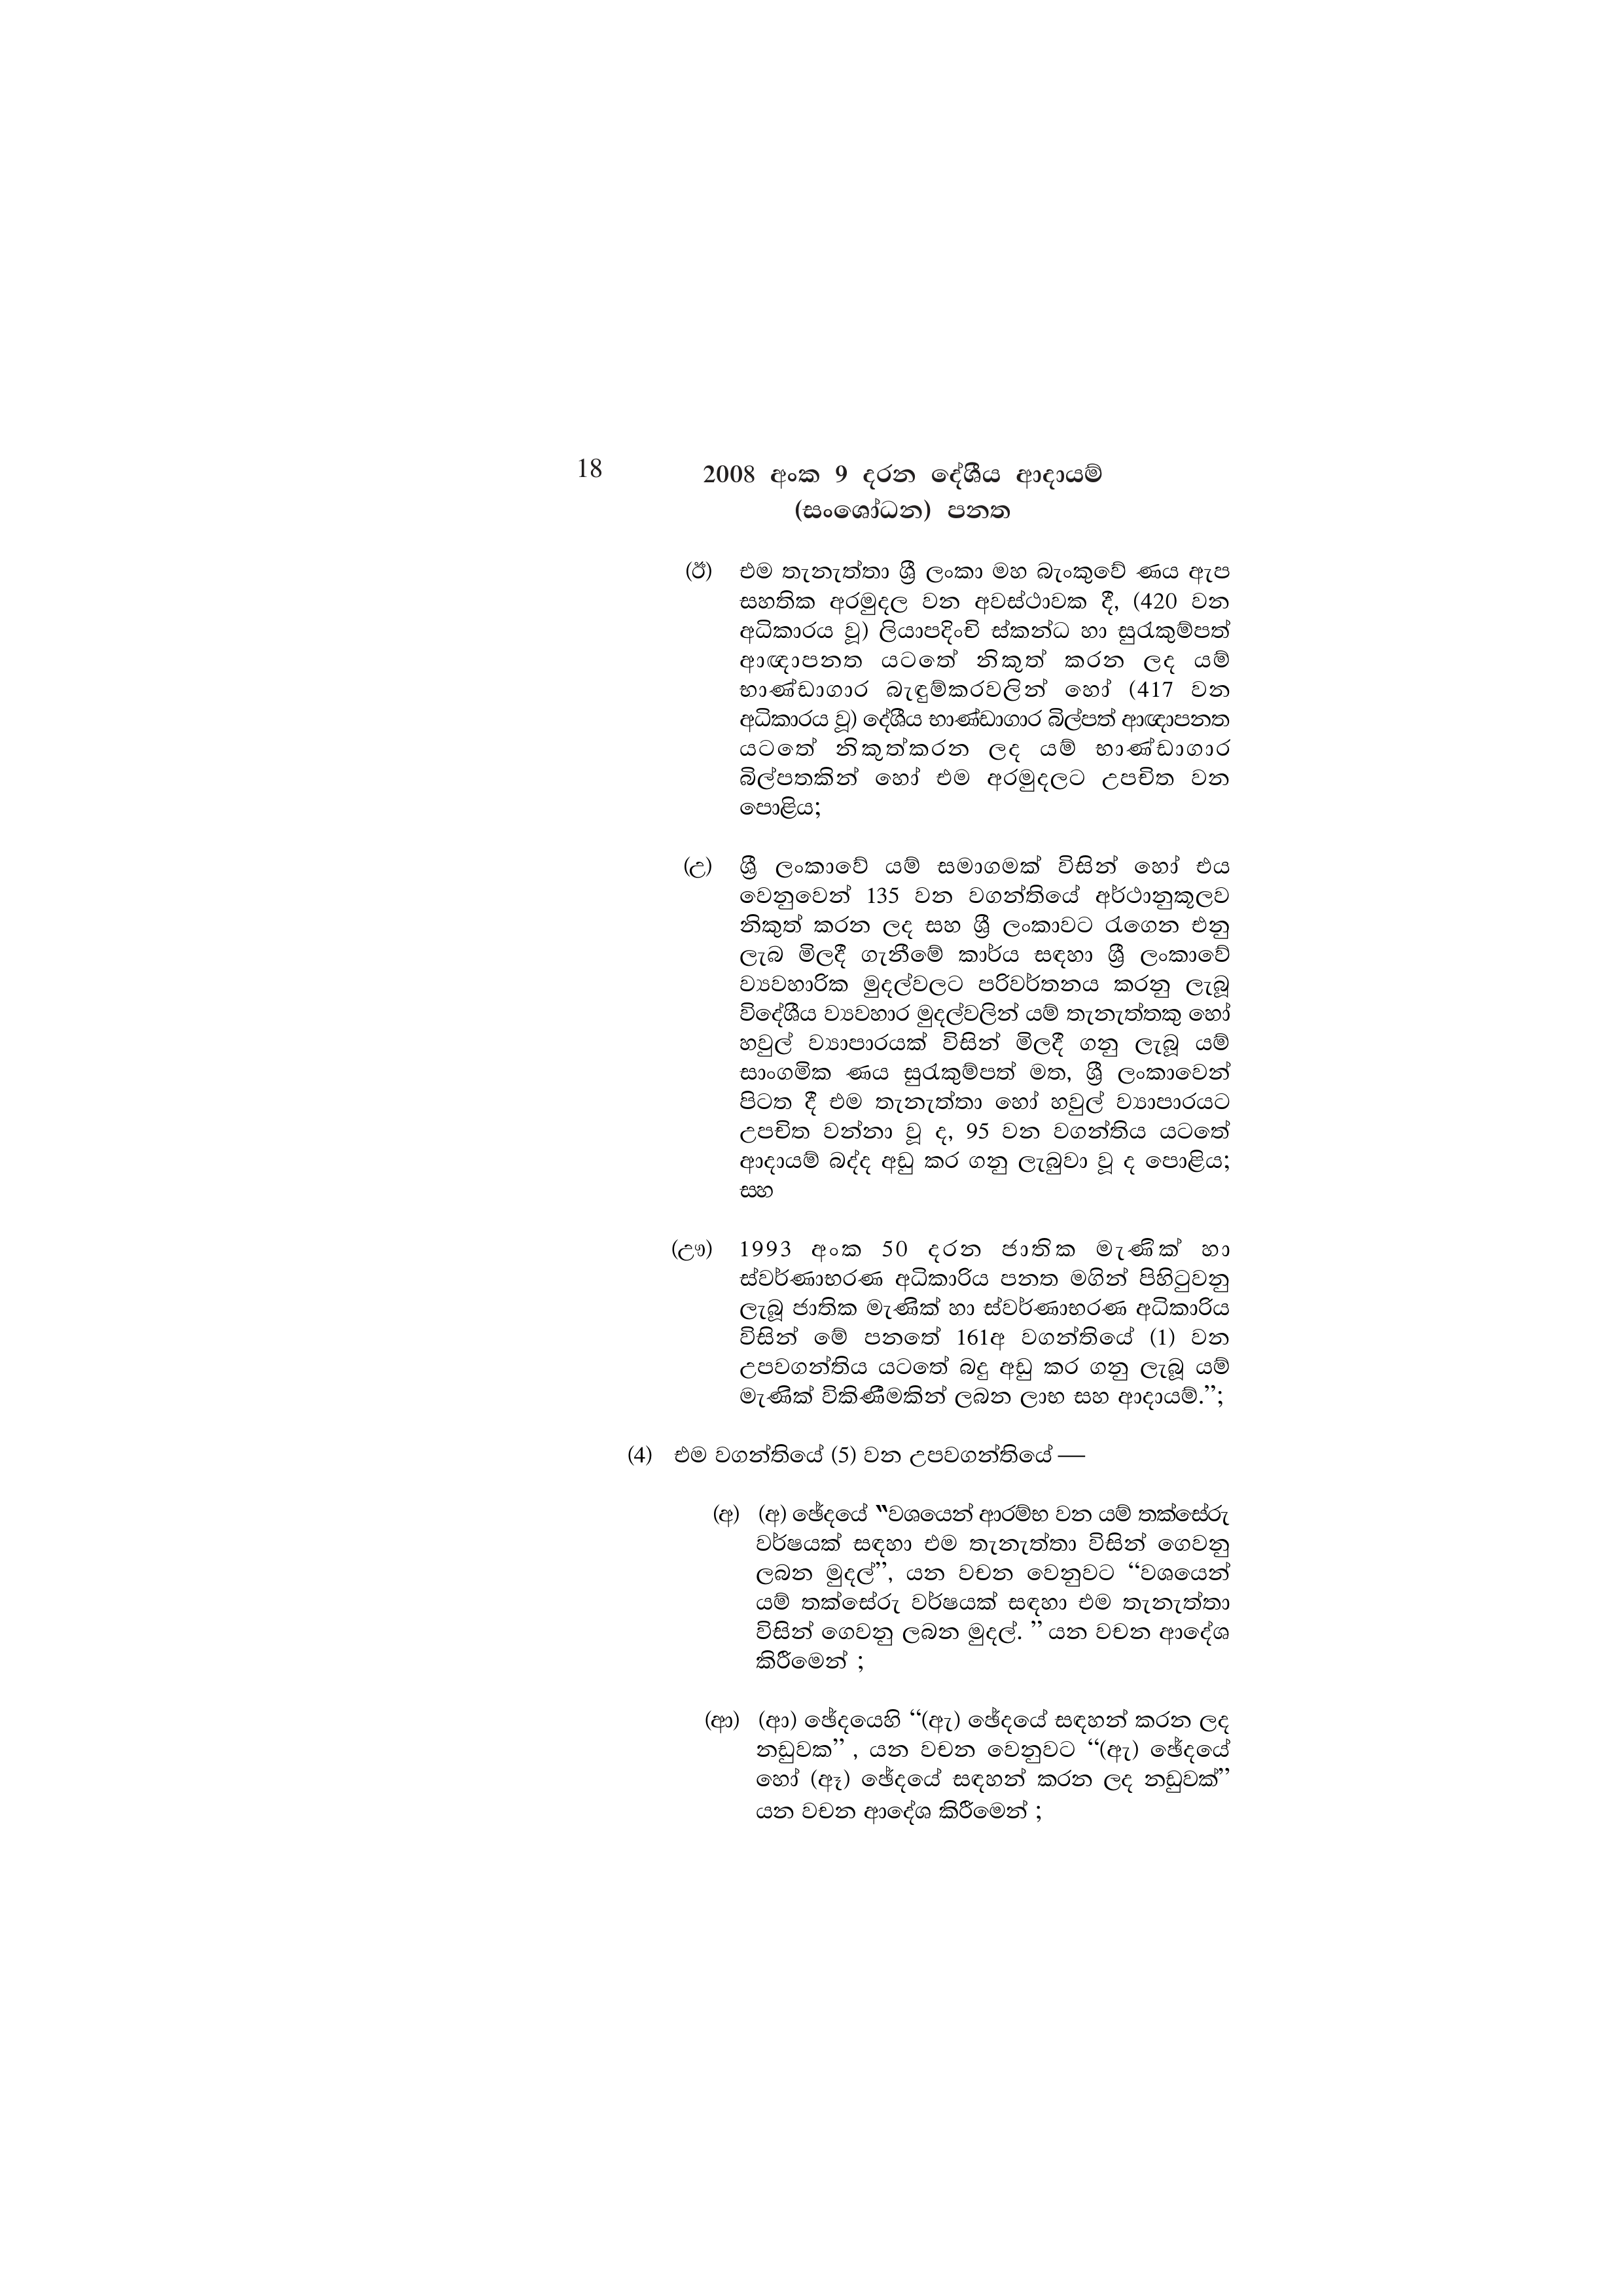
18 2008 අංක 9 දරන දේශීය ආදායම්
(සංශෝධන) පනත

(ඊ) එම තැනැත්තා ශ්‍රී ලංකා මහ බැංකුවේ ණය ඇප
සහතික අරමුදල වන අවස්ථාවක දී, (420 වන
අධිකාරය වූ) ලියාපදිංචි ස්කන්ධ හා සුරැකුම්පත්
ආඥාපනත යටතේ නිකුත් කරන ලද යම්
භාණ්ඩාගාර බැඳුම්කරවලින් හෝ (417 වන
අධිකාරය වූ) දේශීය භාණ්ඩාගාර බිල්පත් ආඥාපනත
යටතේ නිකුත්කරන ලද යම් භාණ්ඩාගාර
බිල්පතකින් හෝ එම අරමුදලට උපචිත වන
පොළිය;

(උ) ශ්‍රී ලංකාවේ යම් සමාගමක් විසින් හෝ එය
වෙනුවෙන් 135 වන වගන්තියේ අර්ථානුකූලව
නිකුත් කරන ලද සහ ශ්‍රී ලංකාවට රැගෙන එනු
ලැබ මිලදී ගැනීමේ කාර්ය සඳහා ශ්‍රී ලංකාවේ
ව්‍යවහාරික මුදල්වලට පරිවර්තනය කරනු ලැබූ
විදේශීය ව්‍යවහාර මුදල්වලින් යම් තැනැත්තකු හෝ
හවුල් ව්‍යාපාරයක් විසින් මිලදී ගනු ලැබූ යම්
සාංගමික ණය සුරැකුම්පත් මත, ශ්‍රී ලංකාවෙන්
පිටත දී එම තැනැත්තා හෝ හවුල් ව්‍යාපාරයට
උපචිත වන්නා වූ ද, 95 වන වගන්තිය යටතේ
ආදායම් බද්ද අඩු කර ගනු ලැබුවා වූ ද පොළිය;
සහ

(ඌ) 1993 අංක 50 දරන ජාතික මැණික් හා
ස්වර්ණාභරණ අධිකාරිය පනත මගින් පිහිටුවනු
ලැබූ ජාතික මැණික් හා ස්වර්ණාභරණ අධිකාරිය
විසින් මේ පනතේ 161අ වගන්තියේ (1) වන
උපවගන්තිය යටතේ බදු අඩු කර ගනු ලැබූ යම්
මැණික් විකිණීමකින් ලබන ලාභ සහ ආදායම්.”;

(4) එම වගන්තියේ (5) වන උපවගන්තියේ —

(අ) (අ) ඡේදයේ "වශයෙන් ආරම්භ වන යම් තක්සේරු
වර්ෂයක් සඳහා එම තැනැත්තා විසින් ගෙවනු
ලබන මුදල්”, යන වචන වෙනුවට “වශයෙන්
යම් තක්සේරු වර්ෂයක් සඳහා එම තැනැත්තා
විසින් ගෙවනු ලබන මුදල්. ” යන වචන ආදේශ
කිරීමෙන් ;

(ආ) (ආ) ඡේදයෙහි “(ඇ) ඡේදයේ සඳහන් කරන ලද
නඩුවක”, යන වචන වෙනුවට “(ඇ) ඡේදයේ
හෝ (ඈ) ඡේදයේ සඳහන් කරන ලද නඩුවක්”
යන වචන ආදේශ කිරීමෙන් ;